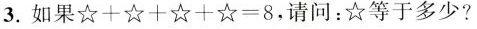
3.如果$$☆ + ☆ + ☆ + ☆ = 8$$，请问：☆等于多少